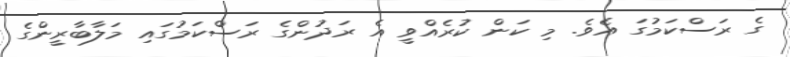
ގެ ރަސްކަމުގަ އެވެ. މި ކަން ކުރެއްވީ އެ ރަދުންގެ ރަސްކަމުގައި މަލާބާރީންގެ